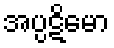
အပ္ပဋိမော